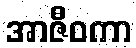
အာဇီဝကာ